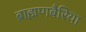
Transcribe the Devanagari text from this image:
ब्राह्मणबैरिया